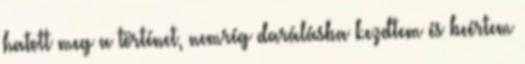
hatott meg a történet, nemrég darálásba kezdtem és beértem